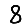
Digit: 8